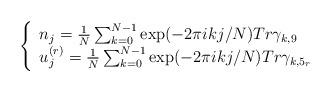
LaTeX: \begin{align*}\left \{ \begin{array}{l} n_{j} = \frac{1}{N} \sum^{N-1}_{k=0} \exp( - 2 \pi i k j /N ) Tr\gamma_{k,9} \\ u^{(r)}_{j} = \frac{1}{N}\sum^{N-1}_{k=0} \exp ( - 2 \pi i k j /N ) Tr\gamma_{k,5_{r}}\end{array} \right.\end{align*}